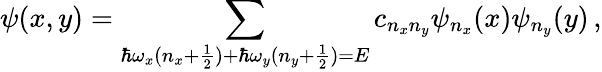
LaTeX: \psi(x,y)=\sum_{\hbar\omega_{x}(n_{x}+\frac{1}{2})+\hbar\omega_{y}(n_{y}+\frac{1}{2})=E}c_{n_{x}n_{y}}\psi_{n_{x}}(x)\psi_{n_{y}}(y)\, ,